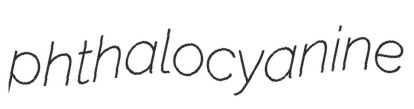
phthalocyanine